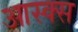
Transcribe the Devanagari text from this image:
आस्क्स